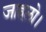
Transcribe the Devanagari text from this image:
जाहलो।